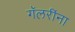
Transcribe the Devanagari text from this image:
गॅलरींना